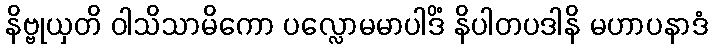
နိဗ္ဗုယှတိ ဝါသိသာမိကော ပလ္လောမမာပါဒိံ နိပါတပဒါနိ မဟာပနာဒံ